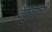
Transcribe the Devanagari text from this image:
वैकुंठाची